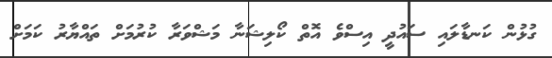
ގުޅުން ކަނޑާލައި ސައުދީ އިސްވެ އޮތް ކޯލިޝަނާ މަޝްވަރާ ކުރުމަށް ތައްޔާރު ކަމަށް